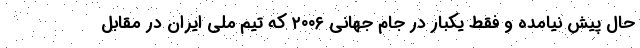
حال پیش نیامده و فقط یکبار در جام جهانی ۲۰۰۶ که تیم ملی ایران در مقابل